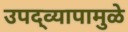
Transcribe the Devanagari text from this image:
उपद्‌व्यापामुळे